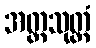
အတ္ထသုတ္တံ